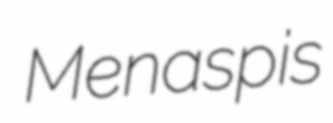
Menaspis